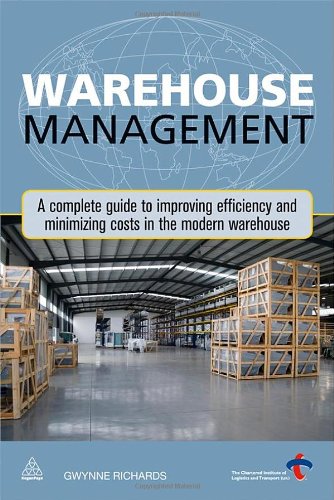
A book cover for Warehouse Management: A Complete Guide to Improving Efficiency and Minimizing Costs in the Modern Warehouse; Gwynne Richards; Business & Money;